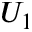
U _ { 1 }